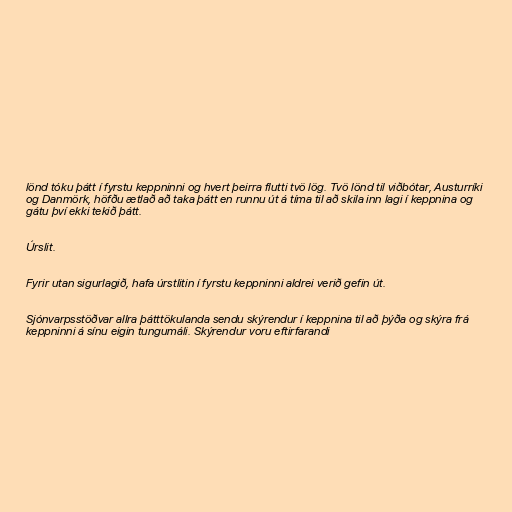
lönd tóku þátt í fyrstu keppninni og hvert þeirra flutti tvö lög. Tvö lönd til viðbótar, Austurríki
og Danmörk, höfðu ætlað að taka þátt en runnu út á tíma til að skila inn lagi í keppnina og
gátu því ekki tekið þátt.

Úrslit.

Fyrir utan sigurlagið, hafa úrstlitin í fyrstu keppninni aldrei verið gefin út.

Sjónvarpsstöðvar allra þátttökulanda sendu skýrendur í keppnina til að þýða og skýra frá
keppninni á sínu eigin tungumáli. Skýrendur voru eftirfarandi